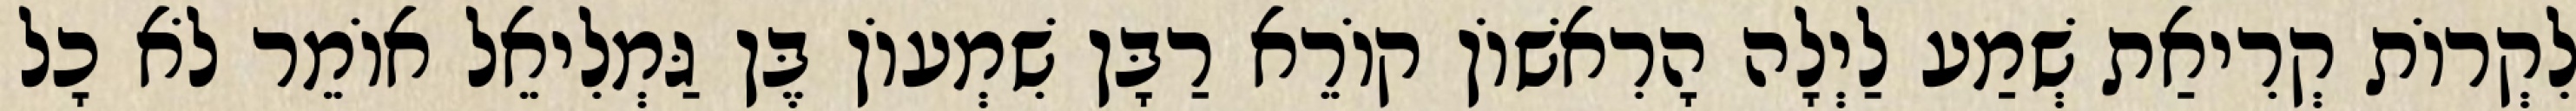
לִקְרוֹת קְרִיאַת שְׁמַע לַיְלָה הָרִאשׁוֹן קוֹרֵא רַבָּן שִׁמְעוֹן בֶּן גַּמְלִיאֵל אוֹמֵר לֹא כָל